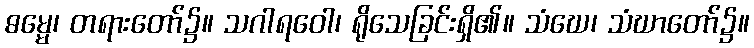
ဓမ္မေ၊ တရားတော်၌။ သဂါရဝေါ၊ ရိုသေခြင်းရှိ၏။ သံဃေ၊ သံဃာတော်၌။